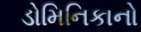
ડોમિનિકાનો